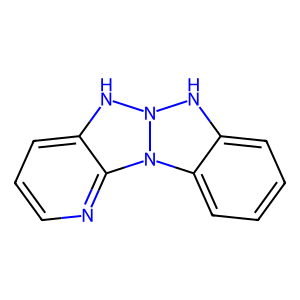
SMILES: c1ccc2c(c1)NN1Nc3cccnc3N21
Inhibits HIV replication: No